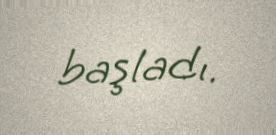
başladı.